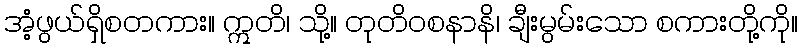
အံ့ဖွယ်ရှိစတကား။ ဣတိ၊ သို့။ တုတိဝစနာနိ၊ ချီးမွမ်းသော စကားတို့ကို။